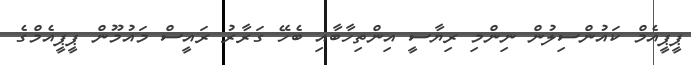
ޕީޕީއެމް ކައުންސިލުން ނިންމި ރިޔާސީ އިންތިހާބާއި ބެހޭ ގަރާރު ރައީސް މައުމޫން ޕީޕީއެމްގެ